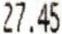
27.45